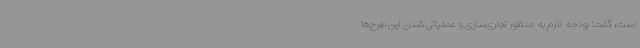
است، گفت: بودجه لازم به منظور تجاری‌سازی و عملیاتی شدن این طرح‌ها